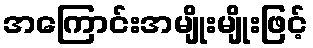
အကြောင်းအမျိုးမျိုးဖြင့်